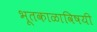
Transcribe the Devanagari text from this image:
भूतकाळाविषयी